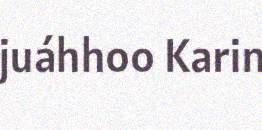
juáhhoo Karin